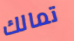
تمالك